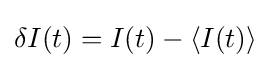
\delta I(t)=I(t)-\langle I(t)\rangle